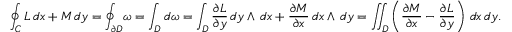
\oint _ { C } L \, d x + M \, d y = \oint _ { \partial D } \! \omega = \int _ { D } d \omega = \int _ { D } { \frac { \partial L } { \partial y } } \, d y \wedge \, d x + { \frac { \partial M } { \partial x } } \, d x \wedge \, d y = \iint _ { D } \left( { \frac { \partial M } { \partial x } } - { \frac { \partial L } { \partial y } } \right) \, d x \, d y .